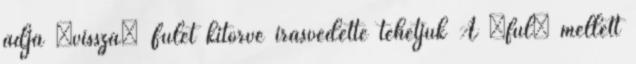
adja „vissza” Fület kitörve írásvédetté tehetjük A „fül” mellett